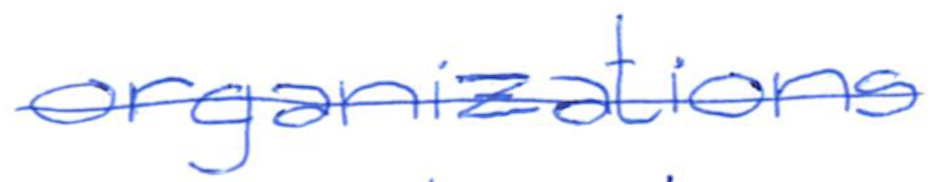
Text: organizations
Cross-out: single-line
Writing tool: ballpoint